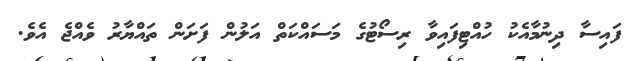
ފައިސާ ދިނުމާއެކު ހުއްޓިފައިވާ ރިސޯޓުގެ މަސައްކަތް އަލުން ފަށަން ތައްޔާރު ވެއްޖެ އެވެ.